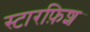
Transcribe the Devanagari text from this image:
स्टारफ़िश